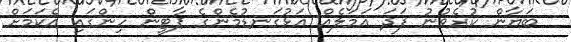
ބަޔާން ކުރެވުނު ފަދަ އަމަލެއް އަޅުގަނޑުމެންގެ ޕާޓީން ހިންގައި އެކަމަށް